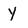
Character: y